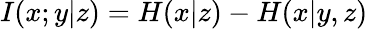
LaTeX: I(x;y|z)=H(x|z)-H(x|y,z)